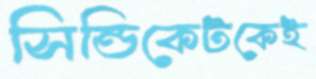
সিন্ডিকেটকেই